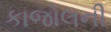
કાજોલની